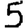
Digit: 5